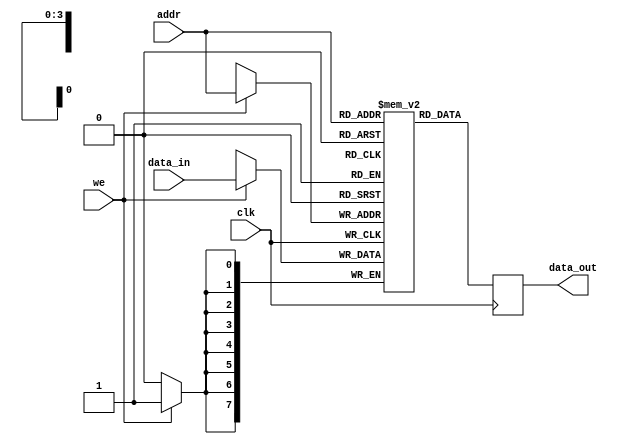
module Parameterized_RAM #(
    parameter DATA_WIDTH = 8,   // Width of the data
    parameter ADDR_WIDTH = 4    // Address width, depth will be 2^ADDR_WIDTH
)(
    input wire clk,              // Clock signal
    input wire we,               // Write enable signal
    input wire [ADDR_WIDTH-1:0] addr, // Address input
    input wire [DATA_WIDTH-1:0] data_in, // Input data
    output reg [DATA_WIDTH-1:0] data_out // Output data
);

    // Memory array declaration
    reg [DATA_WIDTH-1:0] ram [0:(2**ADDR_WIDTH)-1];

    // Synchronous write and read operation
    always @(posedge clk) begin
        if (we) begin
            ram[addr] <= data_in; // Write data to memory if write enable is high
        end
        data_out <= ram[addr]; // Read data from memory (non-blocking)
    end

    // Optional: Asynchronous reset logic could be added here if required

endmodule